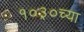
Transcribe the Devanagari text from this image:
१०३०च्या